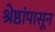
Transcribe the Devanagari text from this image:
श्रेष्ठांपासून